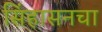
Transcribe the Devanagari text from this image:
सिंहासनचा